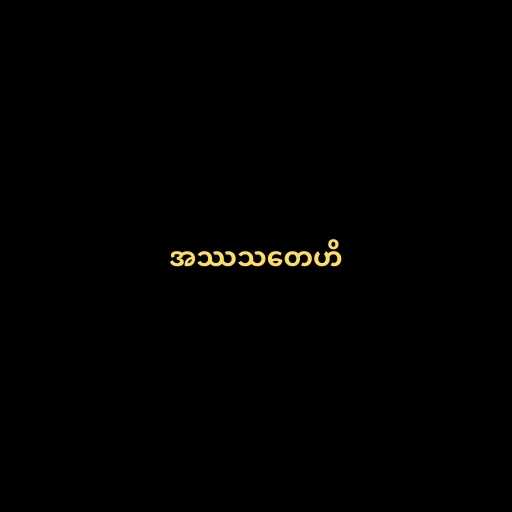
အဿသတေဟိ